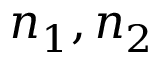
n _ { 1 } , n _ { 2 }